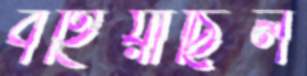
বহিয়াছিল